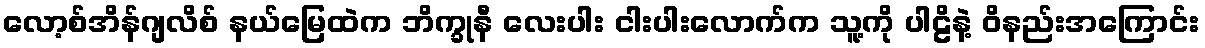
လော့စ်အိန်ဂျလိစ် နယ်မြေထဲက ဘိက္ခုနီ လေးပါး ငါးပါးလောက်က သူ့ကို ပါဠိနဲ့ ဝိနည်းအကြောင်း